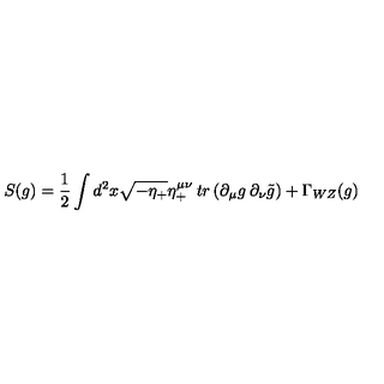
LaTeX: S ( g ) = { \frac { 1 } { 2 } } \int d ^ { 2 } x \sqrt { - \eta _ { + } } \eta _ { + } ^ { \mu \nu } \: t r \left( \partial _ { \mu } g \: \partial _ { \nu } \tilde { g } \right) + \Gamma _ { W Z } ( g )